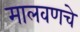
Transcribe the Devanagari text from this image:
मालवणचे